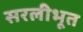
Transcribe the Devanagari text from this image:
सरलीभूत